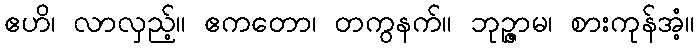
ဧဟိ၊ လာလှည့်။ ဧကတော၊ တကွနက်။ ဘုဉ္ဇာမ၊ စားကုန်အံ့။